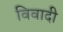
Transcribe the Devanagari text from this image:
विवादी